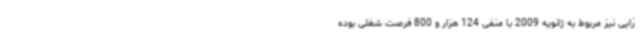
زایی نیز مربوط به ژانویه 2009 با منفی 124 هزار و 800 فرصت شغلی بوده